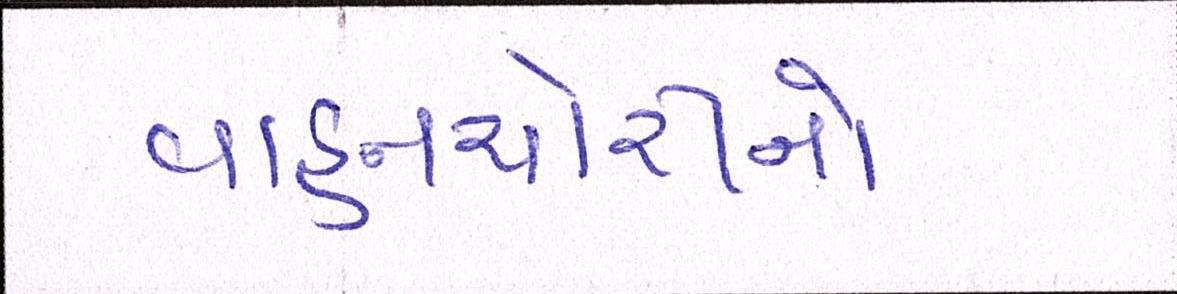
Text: વાહનચોરીનો